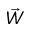
\vec { W }